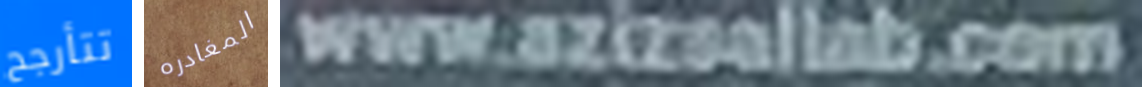
تتأرجح المغادره www.azizsallab.com